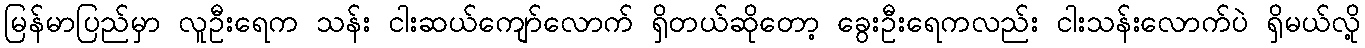
မြန်မာပြည်မှာ လူဦးရေက သန်း ငါးဆယ်ကျော်လောက် ရှိတယ်ဆိုတော့ ခွေးဦးရေကလည်း ငါးသန်းလောက်ပဲ ရှိမယ်လို့